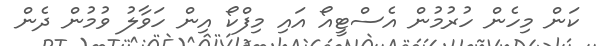
ކަން މިހެން ހުރުމުން އެސްޓީއޯ އައި މިފްކޯ އިން ހަވާލު ވުމުން ދެން